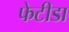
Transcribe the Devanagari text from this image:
फेटीडा